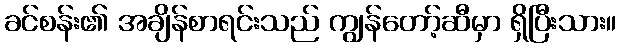
ခင်စန်း၏ အချိန်စာရင်းသည် ကျွန်တော့်ဆီမှာ ရှိပြီးသား။